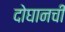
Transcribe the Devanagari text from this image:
दोघानची